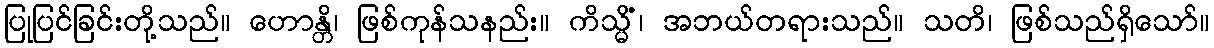
ပြုပြင်ခြင်းတို့သည်။ ဟောန္တိ၊ ဖြစ်ကုန်သနည်း။ ကိသ္မိံ၊ အဘယ်တရားသည်။ သတိ၊ ဖြစ်သည်ရှိသော်။